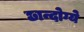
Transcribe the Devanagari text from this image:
छान्दोग्ये